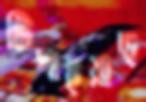
টিপাইয়াছ